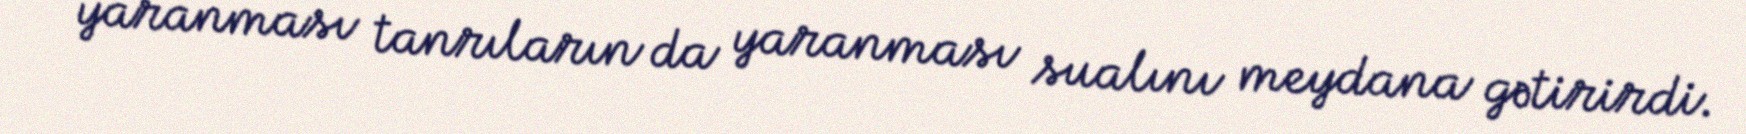
yaranması tanrıların da yaranması sualını meydana gətirirdi.